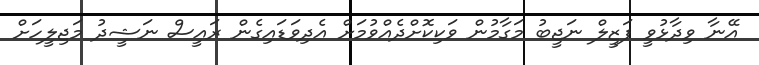
އޭނާ ވިދާޅުވީ ފަޒީލް ނަޖީބު މަގާމުން ވަކިކޮށްދެއްވުމަށް އެދިވަޑައިގެން ރައީސް ނަޝީދު މަޖިލީހަށް